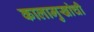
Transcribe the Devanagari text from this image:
कालामुखांची